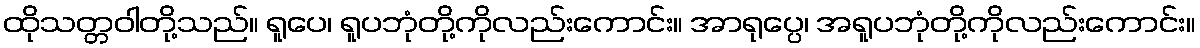
ထိုသတ္တဝါတို့သည်။ ရူပေ၊ ရူပဘုံတို့ကိုလည်းကောင်း။ အာရုပ္ပေ၊ အရူပဘုံတို့ကိုလည်းကောင်း။